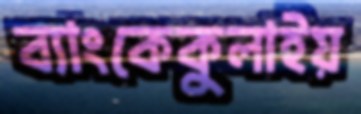
ব্যাংকেকুলাইয়